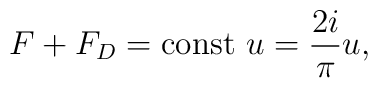
F+F_D= \mbox{const}\ u =\frac{2i}{\pi} u,